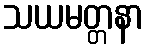
သယမတ္တနာ